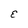
Character: E